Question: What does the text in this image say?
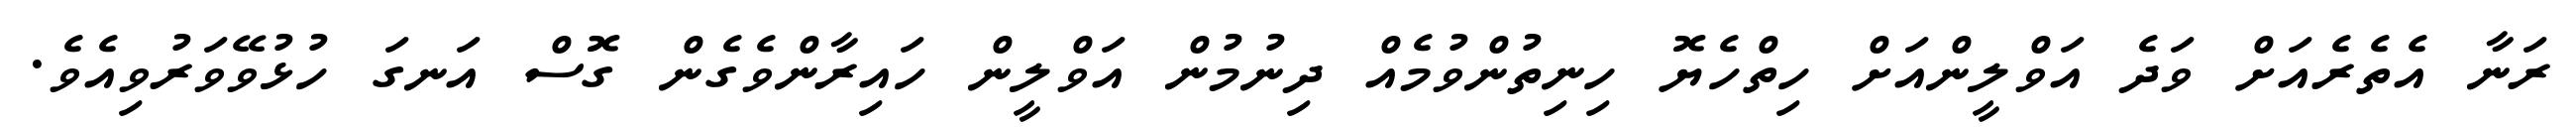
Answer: ރަނާ އެތެރެއަށް ވަދެ އަވްލީންއަށް ހިތްހެޔޮ ހިނިތުންވުމެއް ދިނުމުން އަވްލީން ހައިރާންވެގެން ގޮސް އަނގަ ހުޅުވޭވަރުވިއެވެ.